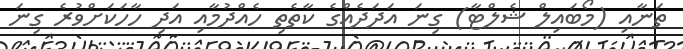
ތަނާއި (މޯބައިލް ޝެލްޓާ) ގިނަ އަދަދެއްގެ ކާތެތި ހެއްދުމާއި އަދި ހާހަކަށްވުރެ ގިނަ